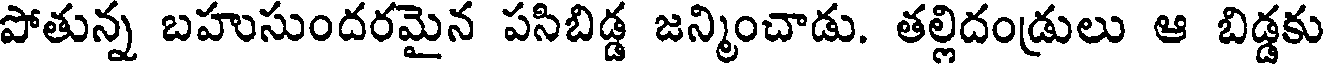
పోతున్న బహుసుందరమైన పసిబిడ్డ జన్మించాడు. తల్లిదండ్రులు ఆ బిడ్డకు